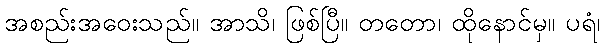
အစည်းအဝေးသည်။ အာသိ၊ ဖြစ်ပြီ။ တတော၊ ထိုနောင်မှ။ ပရံ၊